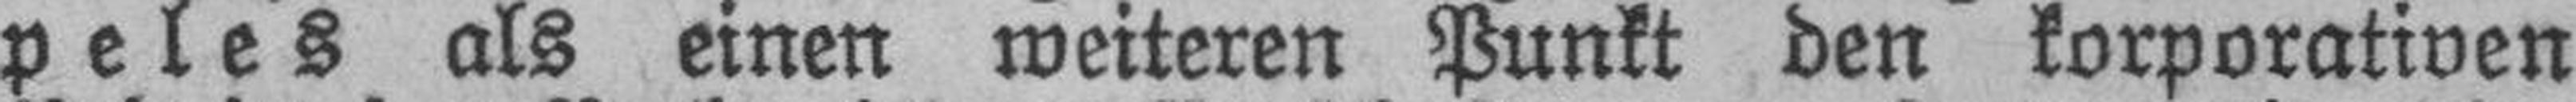
peles als einen weiteren Punkt den korporativen